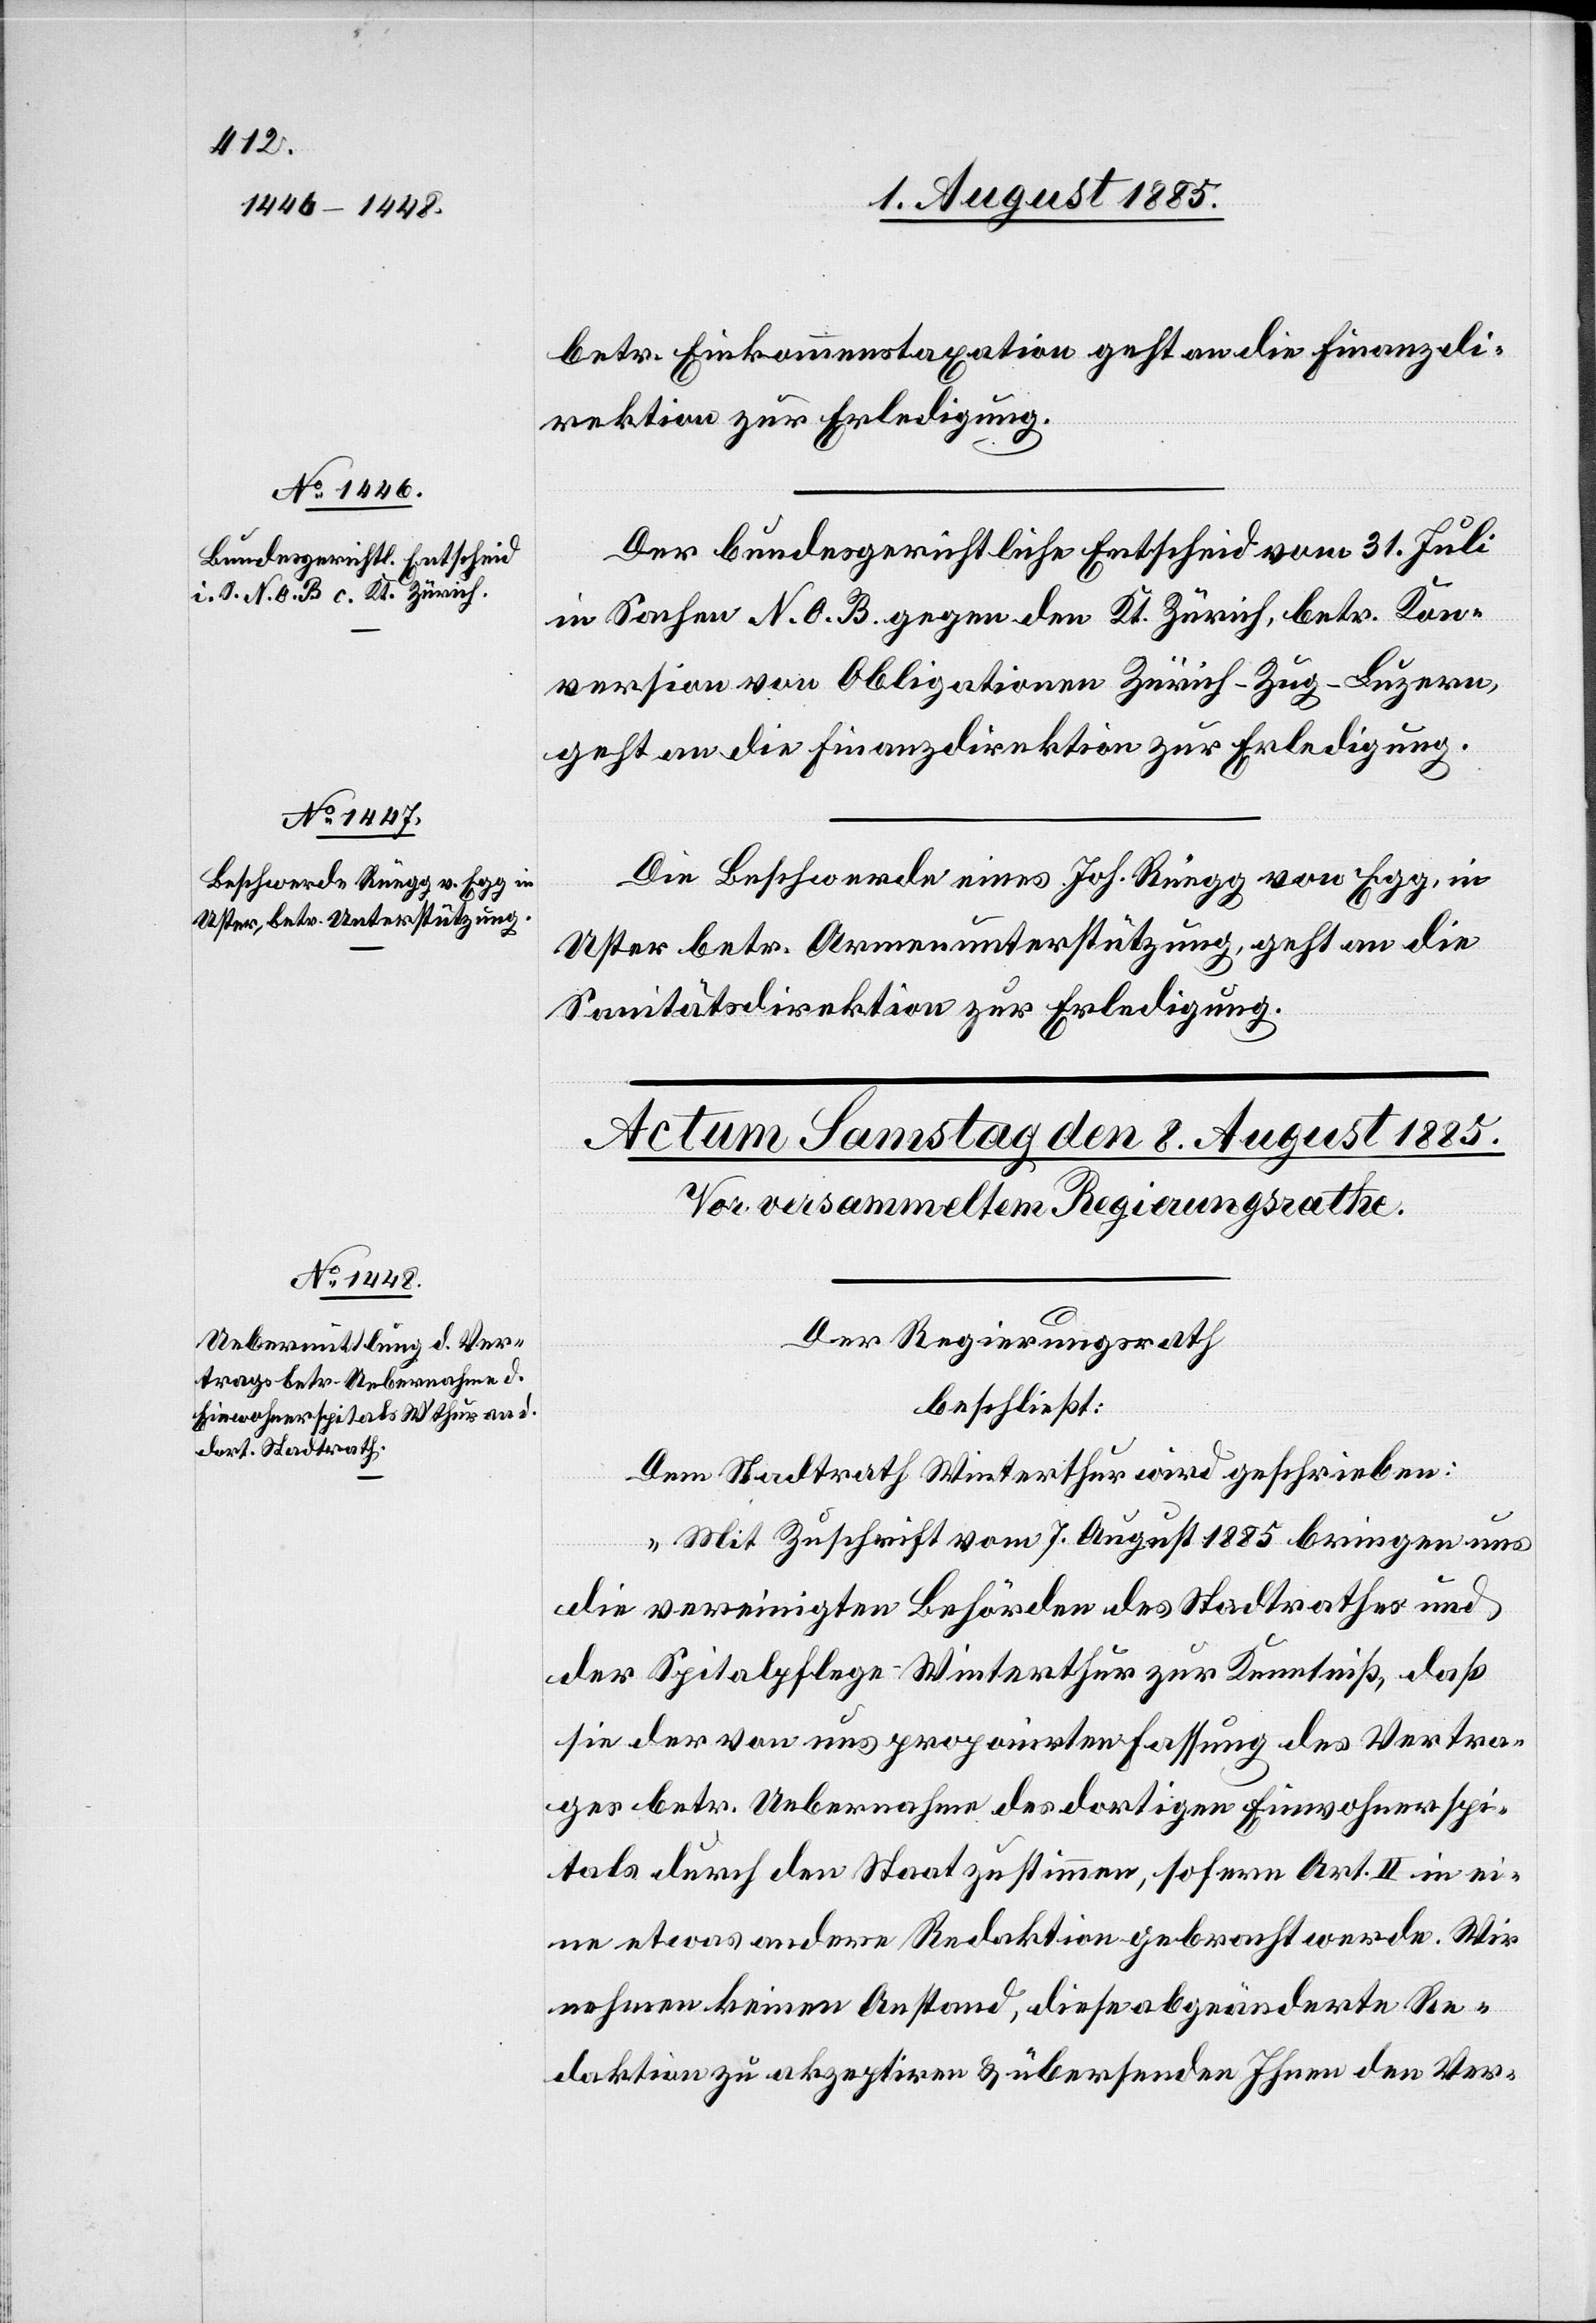
7. August 1885.]
betr. Einkommenstaxation geht an die Finanzdi¬
rektion zur Erledigung.
Der bundesgerichtliche Entscheid vom 31. Juli
in Sachen N. O. B. gegen den Kt. Zürich, betr. Kon¬
version von Obligationen Zürich–Zug–Luzern,
geht an die Finanzdirektion zur Erledigung.
Die Beschwerde eines Joh. Rüegg von Egg, in
Uster betr. Armenunterstützung, geht an die
Sanitätsdirektion zur Erledigung.
Der Regierungsrath
beschließt:
Dem Stadtrath Winterthur wird geschrieben:
„Mit Zuschrift vom 7. August 1885 bringen uns
die vereinigten Behörden des Stadtrathes und
der Spitalpflege Winterthur zur Kenntniß, daß
sie der von uns proponirten Fassung des Vertra¬
ges betr. Uebernahme des dortigen Einwohnerspi¬
tals durch den Staat zustimmen, sofern Art. II in ei¬
ne etwas andere Redaktion gebracht werde. Wir
nehmen keinen Anstand, diese abgeänderte Re¬
daktion zu akzeptiren & übersenden Ihnen den Ver-